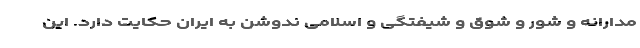
مدارانه و شور و شوق و شیفتگی و اسلامی ندوشن به ایران حکایت دارد. این